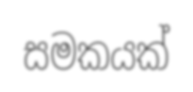
සමකයක්